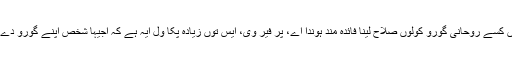
کسے وڈے معاملیاں وچ بھاویں کسے روحانی گورو کولوں صلاح لینا فائدہ مند ہوندا اے، پر فیر وی، ایس توں زیادہ پکا ول ایہ ہے کہ اجیہا شخص اپنے گورو دے گُن اپنے اندر اپراجن کر لوے۔